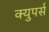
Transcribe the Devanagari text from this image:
क्युपर्स